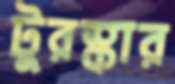
টুরস্কার